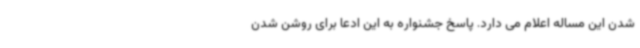
شدن این مساله اعلام می دارد. پاسخ جشنواره به این ادعا برای روشن شدن